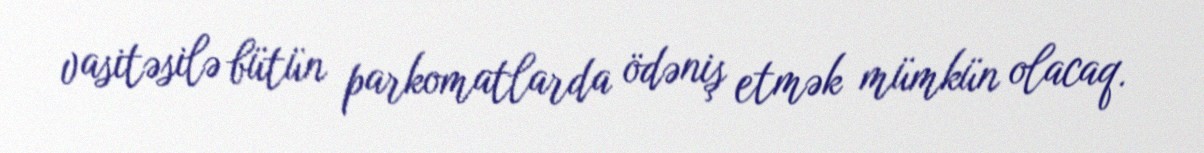
vasitəsilə bütün parkomatlarda ödəniş etmək mümkün olacaq.